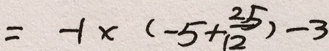
= - 1 \times ( - 5 + \frac { 2 5 } { 1 2 } ) - 3